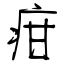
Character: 疳